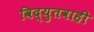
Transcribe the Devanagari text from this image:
विद्युतवाही